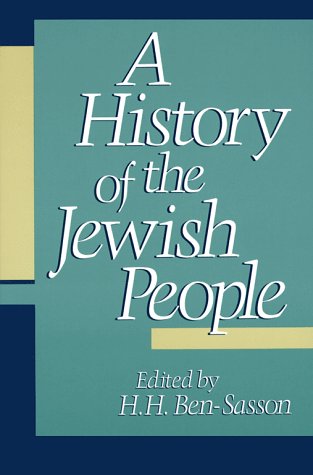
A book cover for A History of the Jewish People; Biographies & Memoirs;